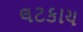
લટકાય